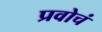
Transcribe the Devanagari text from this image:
प्रवोचं